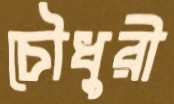
চৌধুুরী